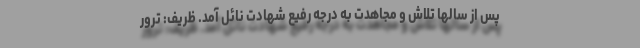
پس از سالها تلاش و مجاهدت به درجه رفیع شهادت نائل آمد. ظریف: ترور